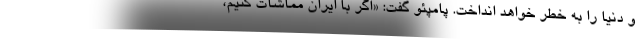
و دنیا را به خطر خواهد انداخت. پامپئو گفت: «اگر با ایران مماشات کنیم،